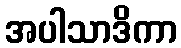
အပါသာဒိကာ